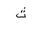
Letter: _tha